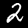
Digit: 2